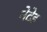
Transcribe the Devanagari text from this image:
नेटेड